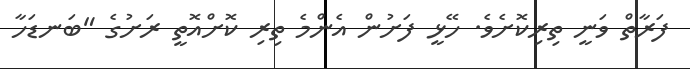
ފަރާތް ވަނީ ތިރިކޮށެވެ. ހޭޅީ ފަށުން އެންމެ ތިރި ކޮށްއޮތީ ރަށުގެ "ބަނޑަހާ